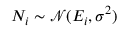
N _ { i } \sim \mathcal { N } ( E _ { i } , \sigma ^ { 2 } )